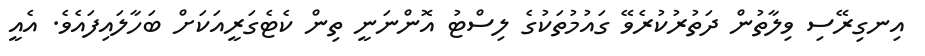
އިނގިރޭސި ވިލާތުން ދަތުރުކުރެވޭ ގައުމުތަކުގެ ލިސްޓު އޮންނަނީ ތިން ކެޓެގަރީއަކަށް ބަހާލައިފައެވެ. އެއީ